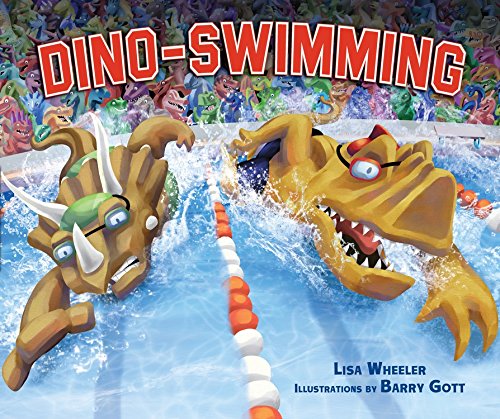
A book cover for Dino-Swimming (Carolrhoda Picture Books); Lisa Wheeler; Children's Books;